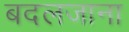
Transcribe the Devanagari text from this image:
बदलजाना